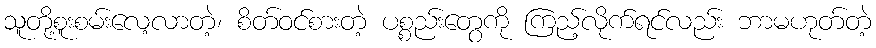
သူတို့စူးစမ်းလေ့လာတဲ့၊ စိတ်ဝင်စားတဲ့ ပစ္စည်းတွေကို ကြည့်လိုက်ရင်လည်း ဘာမဟုတ်တဲ့